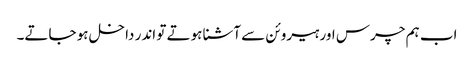
اب ہم چرس اور ہیروئن سے آشنا ہوتے تو اندر داخل ہو جاتے۔